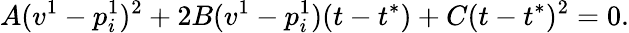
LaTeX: A(v^{1}-p_{i}^{1})^{2}+2B(v^{1}-p_{i}^{1})(t-t^{*})+C(t-t^{*})^{2}=0.